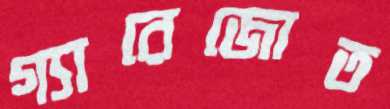
গ্যারেজোত